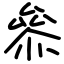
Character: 叅